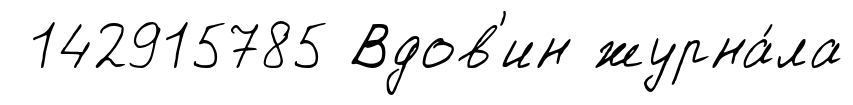
142915785 Вдов'ин журна́ла